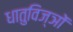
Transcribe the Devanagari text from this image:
धातुविज्ञों